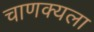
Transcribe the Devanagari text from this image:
चाणक्यला